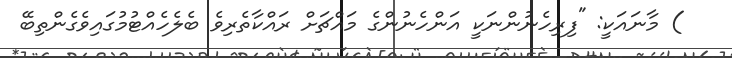
) މާނައަކީ: "ފިރިހެނުންނަކީ އަންހެނުންގެ މައްޗަށް ރައްކާތެރިވެ ބެލެހެއްޓުމުގައިވެގެންތިބޭ